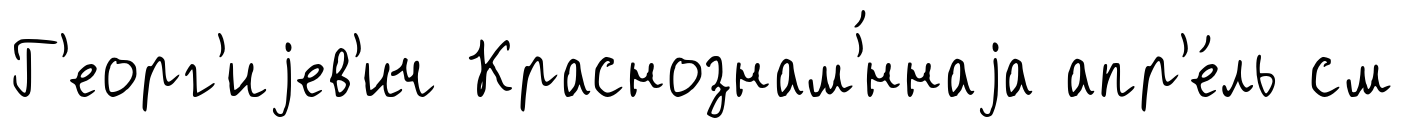
Г'еорг'иjев'ич Краснознам'́ннаjа апр'е́ль см